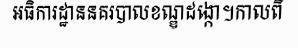
អធិការដ្ឋាននគរបាលខណ្ឌដង្កោ។កាលពី